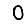
Digit: 0